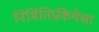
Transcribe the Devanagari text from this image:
निर्मितिप्रकियेचा